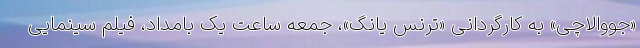
«جووالاچی» به کارگردانی «ترنس یانگ»، جمعه ساعت یک بامداد، فیلم سینمایی